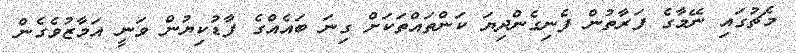
މެޗުގައި ނޭމާގެ ފަރާތުން ފެނިގެންދިޔަ ކަންތައްތަކަށް ގިނަ ބައެއްގެ ފާޑުކިޔުން ވަނީ އަމާޒުވެގެން